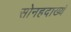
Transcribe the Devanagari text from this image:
सोनहदाख्यं